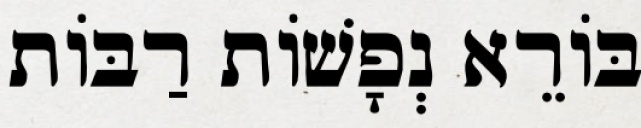
בּוֹרֵא נְפָשׁוֹת רַבּוֹת